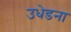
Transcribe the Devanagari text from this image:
उधेडना